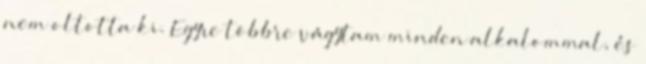
nem oltotta ki. Egyre többre vágytam minden alkalommal, és